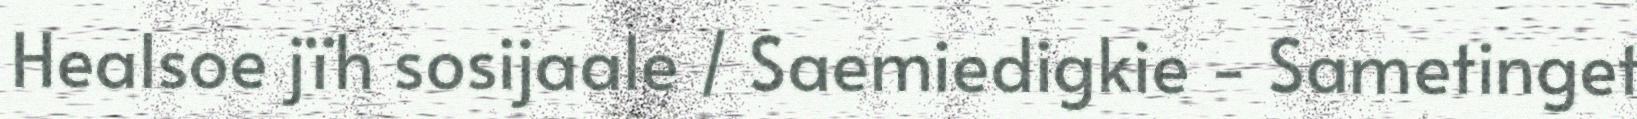
Healsoe jïh sosijaale / Saemiedigkie - Sametinget